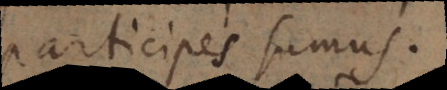
participes sumus.